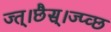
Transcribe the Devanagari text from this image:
ज्त्।छैस्।ज्प्व्छ